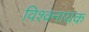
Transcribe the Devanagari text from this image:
विश्वनायक